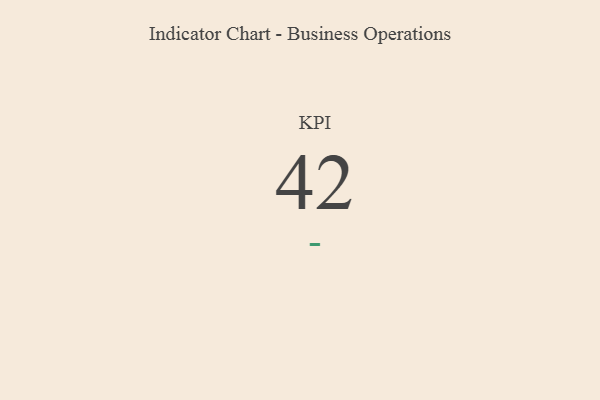
{"axis": {"x": "KPI", "y": "Value"}, "legend": [""], "data": [{"x": "KPI", "y": 42, "type": ""}]}